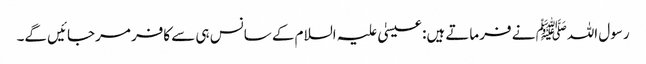
رسول اللہﷺ نے فرماتے ہیں: عیسیٰ علیہ السلام کے سانس ہی سے کافر مرجائیں گے۔